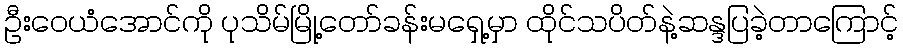
ဦးဝေယံအောင်ကို ပုသိမ်မြို့တော်ခန်းမရှေ့မှာ ထိုင်သပိတ်နဲ့ဆန္ဒပြခဲ့တာကြောင့်